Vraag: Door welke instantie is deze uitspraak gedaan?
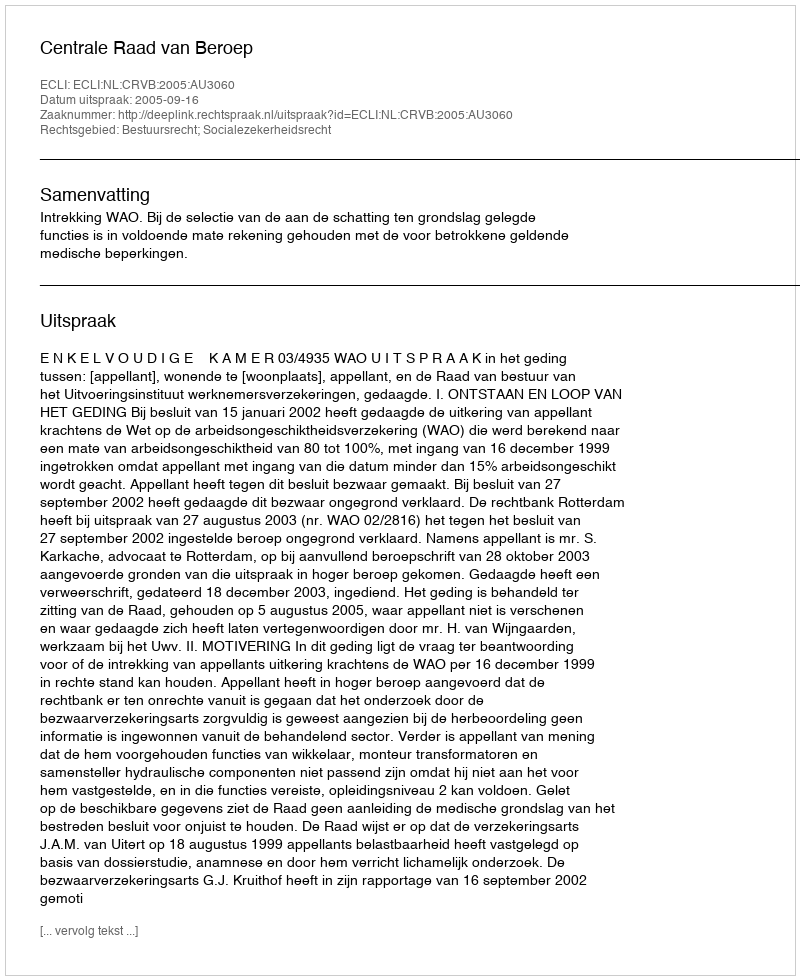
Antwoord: Centrale Raad van Beroep